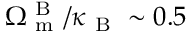
\Omega _ { \mathrm { ~ m ~ } } ^ { \mathrm { ~ B ~ } } / \kappa _ { \mathrm { ~ B ~ } } \sim 0 . 5